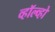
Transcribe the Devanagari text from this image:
व्हॉल्व्हो